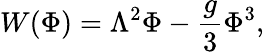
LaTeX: W(\Phi)=\Lambda^{2}\Phi-\frac{g}{3}\Phi^{3},